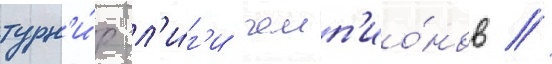
турн'и́р л'и́г'и чемп'ио́нов //